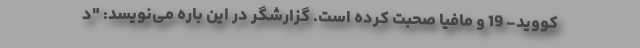
کووید- 19 و مافیا صحبت کرده است. گزارشگر در این باره می‌نویسد: "د